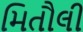
મિતૌલી